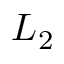
L _ { 2 }